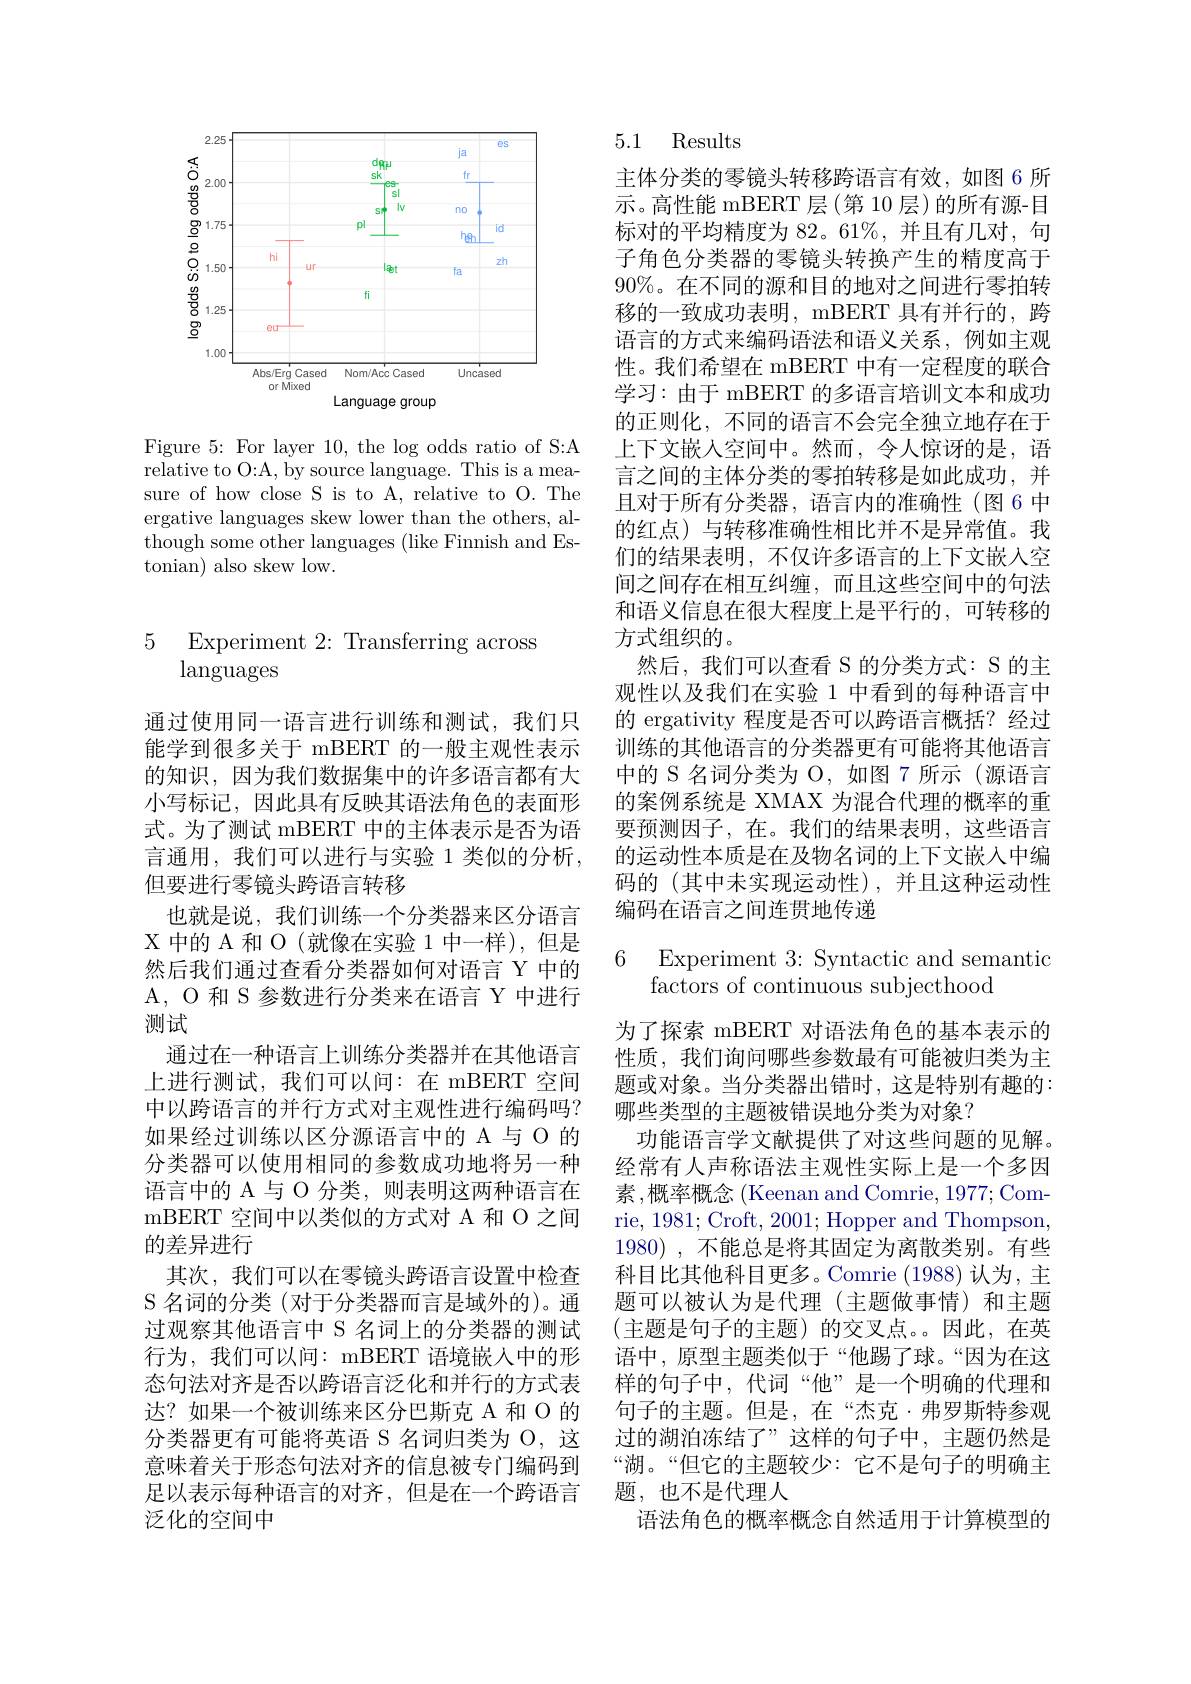
<FigureHere>

Figure 5: For layer 10, the log odds ratio of S:A relative to O:A, by source language. This is a measure of how close S is to A, relative to O. The ergative languages skew lower than the others, although some other languages (like Finnish and Estonian) also skew low.

### 5 Experiment 2: Transferring across languages

通过使用同一语言进行训练和测试，我们只能学到很多关于 mBERT 的一般主观性表示的知识，因为我们数据集中的许多语言都有大小写标记，因此具有反映其语法角色的表面形式。为了测试 mBERT 中的主体表示是否为语言通用，我们可以进行与实验 1 类似的分析， 但要进行零镜头跨语言转移
也就是说，我们训练一个分类器来区分语言X中的 A 和 O(就像在实验 1 中一样),但是然后我们通过查看分类器如何对语言 Y 中的A, O 和 S 参数进行分类来在语言 Y 中进行测试
通过在一种语言上训练分类器并在其他语言上进行测试，我们可以问：在 mBERT 空间中以跨语言的并行方式对主观性进行编码吗？ 如果经过训练以区分源语言中的 A 与 O 的分类器可以使用相同的参数成功地将另一种语言中的 A 与 O 分类，则表明这两种语言在mBERT 空间中以类似的方式对 A 和 O 之间的差异进行
其次，我们可以在零镜头跨语言设置中检查S 名词的分类 (对于分类器而言是域外的)。通过观察其他语言中 S 名词上的分类器的测试行为，我们可以问：mBERT 语境嵌入中的形态句法对齐是否以跨语言泛化和并行的方式表达？如果一个被训练来区分巴斯克 A 和 O 的分类器更有可能将英语 S 名词归类为 O, 这意味着关于形态句法对齐的信息被专门编码到足以表示每种语言的对齐，但是在一个跨语言泛化的空间中

5.1 Results

主体分类的零镜头转移跨语言有效，如图 6 所示。高性能 mBERT 层(第 10 层)的所有源-目标对的平均精度为 82。61%, 并且有几对，句子角色分类器的零镜头转换产生的精度高于$90\%$。在不同的源和目的地对之间进行零拍转移的一致成功表明，mBERT 具有并行的，跨语言的方式来编码语法和语义关系，例如主观性。我们希望在 mBERT 中有一定程度的联合学习：由于 mBERT 的多语言培训文本和成功的正则化，不同的语言不会完全独立地存在于上下文嵌人空间中。然而，令人惊讶的是，语言之间的主体分类的零拍转移是如此成功，并且对于所有分类器，语言内的准确性(图 6 中的红点)与转移准确性相比并不是异常值。我们的结果表明，不仅许多语言的上下文嵌入空间之间存在相互纠缠，而且这些空间中的句法和语义信息在很大程度上是平行的，可转移的方式组织的。
然后，我们可以查看 S 的分类方式：S 的主观性以及我们在实验 1 中看到的每种语言中的 ergativity 程度是否可以跨语言概括？经过训练的其他语言的分类器更有可能将其他语言中的 S 名词分类为 O, 如图 7 所示 (源语言的案例系统是 XMAX 为混合代理的概率的重要预测因子，在。我们的结果表明，这些语言的运动性本质是在及物名词的上下文嵌入中编码的 (其中未实现运动性),并且这种运动性编码在语言之间连贯地传递

# 6 Experiment 3: Syntactic and semantio factors of continuous subjecthood

为了探索 mBERT 对语法角色的基本表示的性质，我们询问哪些参数最有可能被归类为主题或对象。当分类器出错时，这是特别有趣的： 哪些类型的主题被错误地分类为对象？
功能语言学文献提供了对这些问题的见解。经常有人声称语法主观性实际上是一个多因素 ,概率概念 (Keenan and Comrie, 1977; Comrie, 1981; Croft, 2001; Hopper and Thompson, 1980) ,不能总是将其固定为离散类别。有些科目比其他科目更多。Comrie (1988)认为，主题可以被认为是代理(主题做事情)和主题(主题是句子的主题)的交叉点。因此，在英语中，原型主题类似于“他踢了球。“因为在这样的句子中，代词“他”是一个明确的代理和句子的主题。但是，在“杰克·弗罗斯特参观过的湖泊冻结了”这样的句子中，主题仍然是“湖。“但它的主题较少：它不是句子的明确主题，也不是代理人
语法角色的概率概念自然适用于计算模型的